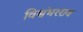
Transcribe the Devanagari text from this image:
विश्वंभरराव